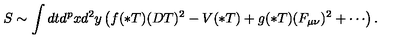
S \sim \int d t d ^ { p } x d ^ { 2 } y \left( f ( * T ) ( D T ) ^ { 2 } - V ( * T ) + g ( * T ) ( F _ { \mu \nu } ) ^ { 2 } + \cdots \right) .